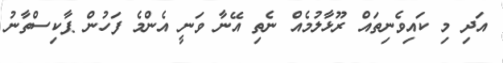
އަދި މި ކައިވެނިތައް ރޫޅާލުމެއް ނެތި އޭނާ ވަނީ އެންމެ ފަހުން ޕާކިސްތާނު